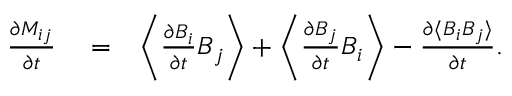
\begin{array} { r l r } { \frac { \partial M _ { i j } } { \partial t } } & { { } = } & { \bigg \langle \frac { \partial B _ { i } } { \partial t } B _ { j } \bigg \rangle + \bigg \langle \frac { \partial B _ { j } } { \partial t } B _ { i } \bigg \rangle - \frac { \partial \langle B _ { i } B _ { j } \rangle } { \partial t } . } \end{array}